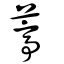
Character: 葶